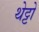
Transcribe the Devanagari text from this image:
थेट्टो